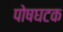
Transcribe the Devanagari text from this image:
पोषघटक